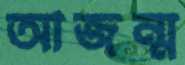
আজন্ম